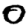
Digit: 0